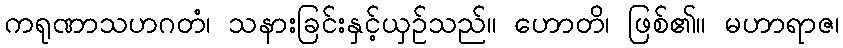
ကရုဏာသဟဂတံ၊ သနားခြင်းနှင့်ယှဉ်သည်။ ဟောတိ၊ ဖြစ်၏။ မဟာရာဇ၊